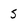
Character: S